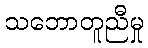
သဘောတူညီမှု